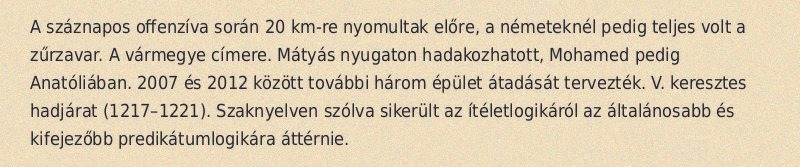
A száznapos offenzíva során 20 km-re nyomultak előre, a németeknél pedig teljes volt a zűrzavar. A vármegye címere. Mátyás nyugaton hadakozhatott, Mohamed pedig Anatóliában. 2007 és 2012 között további három épület átadását tervezték. V. keresztes hadjárat (1217–1221). Szaknyelven szólva sikerült az ítéletlogikáról az általánosabb és kifejezőbb predikátumlogikára áttérnie.